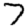
Digit: 7